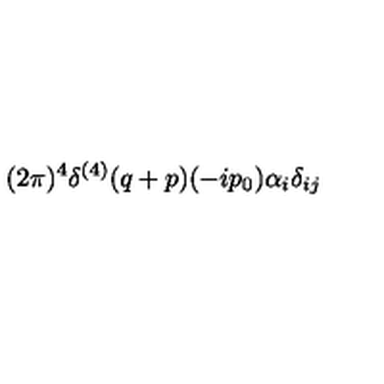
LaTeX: { \displaystyle ( 2 \pi ) ^ { 4 } \delta ^ { ( 4 ) } ( q + p ) ( - i p _ { 0 } ) \alpha _ { i } \delta _ { i j } }